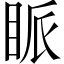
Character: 眽